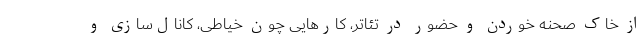
از خاک صحنه خوردن و حضور در تئاتر، کارهایی چون خیاطی، کانال‌سازی و